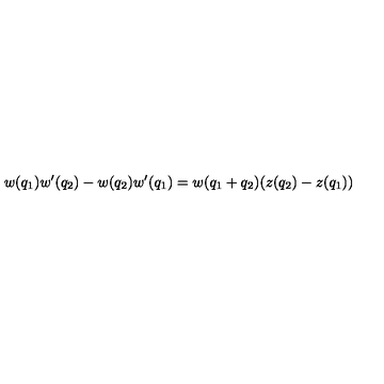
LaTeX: w ( q _ { 1 } ) w ^ { \prime } ( q _ { 2 } ) - w ( q _ { 2 } ) w ^ { \prime } ( q _ { 1 } ) = w ( q _ { 1 } + q _ { 2 } ) ( z ( q _ { 2 } ) - z ( q _ { 1 } ) )